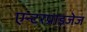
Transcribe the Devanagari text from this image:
एन्टरप्राइजेज